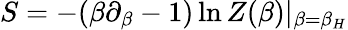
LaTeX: S=-(\beta\partial_{\beta}-1)\ln Z(\beta)|_{\beta=\beta_{H}}